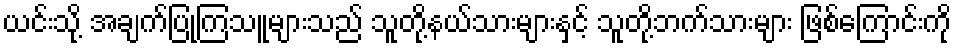
ယင်းသို့ အချက်ပြုကြသူများသည် သူတို့နယ်သားများနှင့် သူတို့ဘက်သားများ ဖြစ်ကြောင်းကို